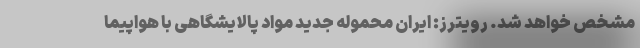
مشخص خواهد شد. رویترز: ایران محموله جدید مواد پالایشگاهی با هواپیما